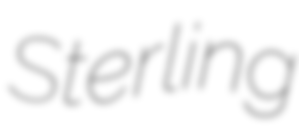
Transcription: Sterling